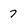
Character: 7